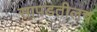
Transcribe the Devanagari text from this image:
सापडतीलच